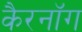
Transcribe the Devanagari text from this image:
कैरनॉग